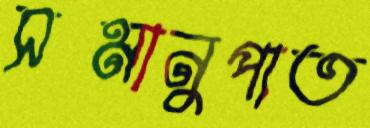
সমানুপাত